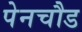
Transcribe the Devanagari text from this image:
पेनचौड